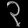
Digit: ၃